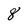
Character: 8